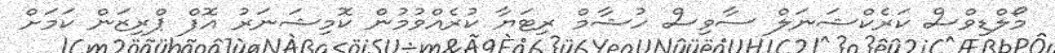
މޯލްޑިވްސް ކަރެކްޝަނަލް ސާވިސް ހުޝާމް ރިޓަޔާ ކުރެއްވުމުން ކޮމިޝަނަރު އޮފް ޕްރިޒަން ކަމަށް